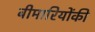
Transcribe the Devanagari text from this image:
बीमारियोंकी